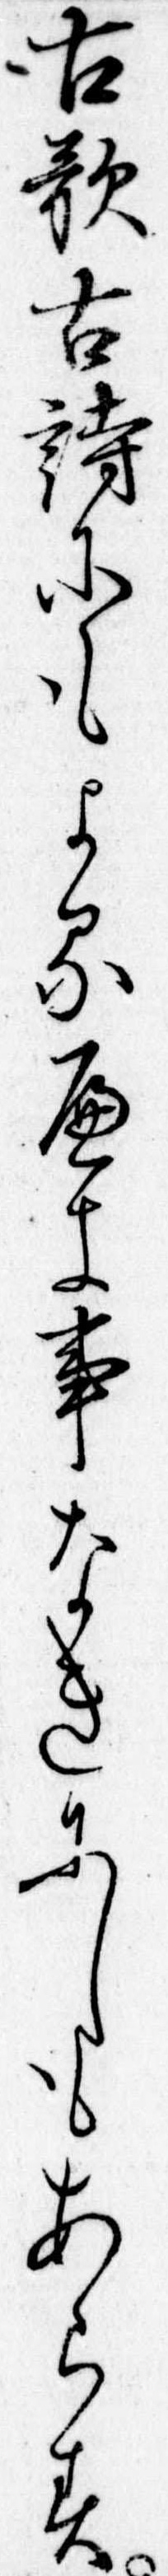
古歌古詩にもよるへき事なきにしもあらす